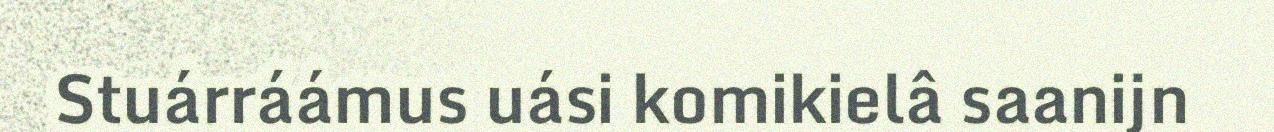
Stuárráámus uási komikielâ saanijn